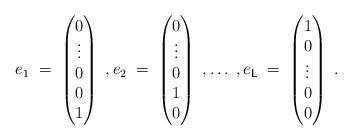
LaTeX: \begin{align*}e_1\;=\;\begin{pmatrix}0 \\ \vdots \\ 0 \\ 0 \\ 1 \end{pmatrix}\;,e_2\;=\;\begin{pmatrix}0 \\ \vdots \\ 0 \\ 1 \\ 0\end{pmatrix}\;,\ldots\;,e_{\mathsf{L}}\;=\;\begin{pmatrix}1 \\ 0 \\ \vdots \\ 0 \\ 0\end{pmatrix}\;.\end{align*}